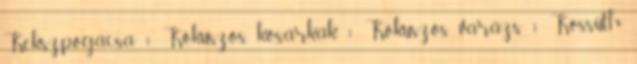
Kekszpogácsa 1 Kókuszos kosárkák 1 Kókuszos varázs 1 Kossuth